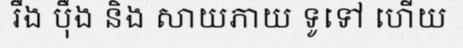
រឹង ប៉ឹង និង សាយភាយ ទូទៅ ហើយ